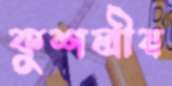
কুশলীয়